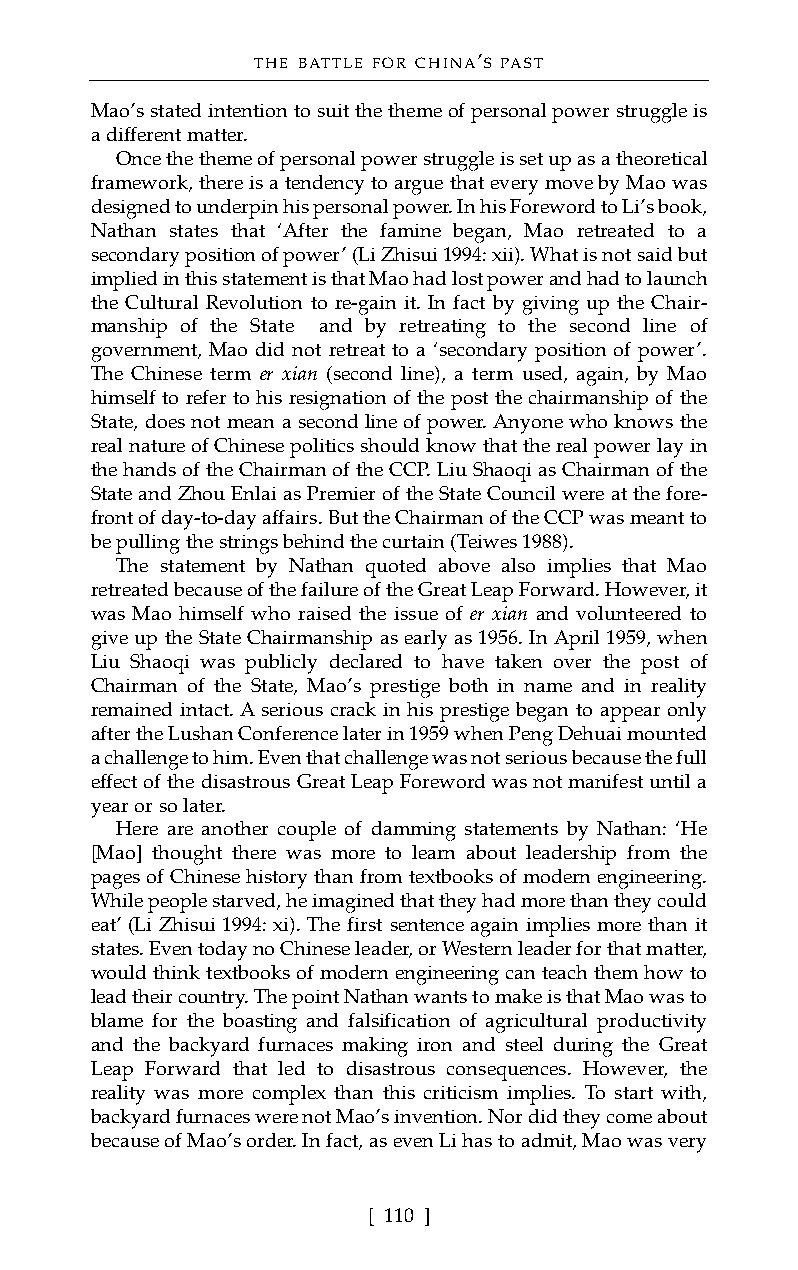
THE BATTLE FOR CHINA’S PAST
 Mao’s stated intention to suit the theme of personal power struggle is
 a different matter.
 Once the theme of personal power struggle is set up as a theoretical
 framework, there is a tendency to argue that every move by Mao was
 designed to underpin his personal power. In his Foreword to Li’s book,
 Nathan states that ‘After the famine began, Mao retreated to a
 secondary position of power’ (Li Zhisui 1994: xii). What is not said but
 implied in this statement is that Mao had lost power and had to launch
 the Cultural Revolution to re-gain it. In fact by giving up the Chair-
 manship of the State and by retreating to the second line of
 government, Mao did not retreat to a ‘secondary position of power’.
 The Chinese term er xian (second line), a term used, again, by Mao
 himself to refer to his resignation of the post the chairmanship of the
 State, does not mean a second line of power. Anyone who knows the
 real nature of Chinese politics should know that the real power lay in
 the hands of the Chairman of the CCP. Liu Shaoqi as Chairman of the
 State and Zhou Enlai as Premier of the State Council were at the fore-
 front of day-to-day affairs. But the Chairman of the CCP was meant to
 be pulling the strings behind the curtain (Teiwes 1988).
 The statement by Nathan quoted above also implies that Mao
 retreated because of the failure of the Great Leap Forward. However, it
 was Mao himself who raised the issue of er xian and volunteered to
 give up the State Chairmanship as early as 1956. In April 1959, when
 Liu Shaoqi was publicly declared to have taken over the post of
 Chairman of the State, Mao’s prestige both in name and in reality
 remained intact. A serious crack in his prestige began to appear only
 after the Lushan Conference later in 1959 when Peng Dehuai mounted
 a challenge to him. Even that challenge was not serious because the full
 effect of the disastrous Great Leap Foreword was not manifest until a
 year or so later.
 Here are another couple of damming statements by Nathan: ‘He
 [Mao] thought there was more to learn about leadership from the
 pages of Chinese history than from textbooks of modern engineering.
 While people starved, he imagined that they had more than they could
 eat’ (Li Zhisui 1994: xi). The first sentence again implies more than it
 states. Even today no Chinese leader, or Western leader for that matter,
 would think textbooks of modern engineering can teach them how to
 lead their country. The point Nathan wants to make is that Mao was to
 blame for the boasting and falsification of agricultural productivity
 and the backyard furnaces making iron and steel during the Great
 Leap Forward that led to disastrous consequences. However, the
 reality was more complex than this criticism implies. To start with,
 backyard furnaces were not Mao’s invention. Nor did they come about
 because of Mao’s order. In fact, as even Li has to admit, Mao was very
 [ 110 ]